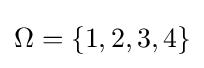
\Omega =\{1,2,3,4\}